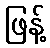
ဖြန့်